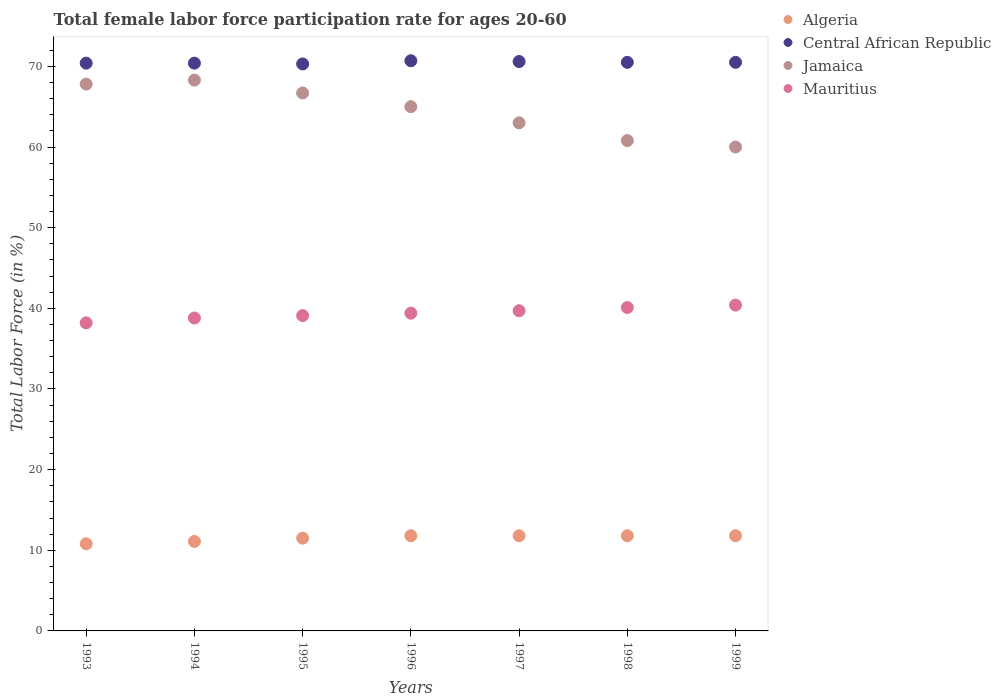
| Years | Algeria | Central African Republic | Jamaica | Mauritius |
 | --- | --- | --- | --- | --- |
 | 1993 | 10.8 | 70.4 | 67.8 | 38.2 |
 | 1994 | 11.1 | 70.4 | 68.3 | 38.8 |
 | 1995 | 11.5 | 70.3 | 66.7 | 39.1 |
 | 1996 | 11.8 | 70.7 | 65 | 39.4 |
 | 1997 | 11.8 | 70.6 | 63 | 39.7 |
 | 1998 | 11.8 | 70.5 | 60.8 | 40.1 |
 | 1999 | 11.8 | 70.5 | 60 | 40.4 |